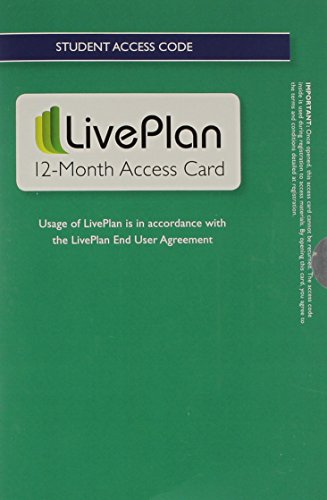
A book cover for LivePlan 12-Month Access Card; Palo Alto Software; Test Preparation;